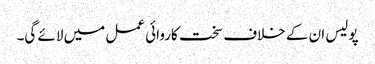
پولیس ان کے خلاف سخت کاروائی عمل میں لائے گی۔